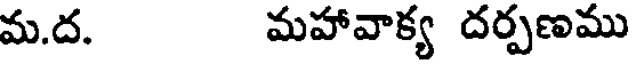
మ.ద. మహావాక్య దర్పణము